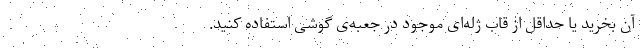
آن بخرید یا حداقل از قاب ژله‌ای موجود در جعبه‌ی گوشی استفاده کنید.